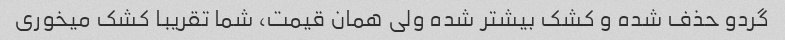
گردو حذف شده و کشک بیشتر شده ولی همان قیمت، شما تقریبا کشک میخوری